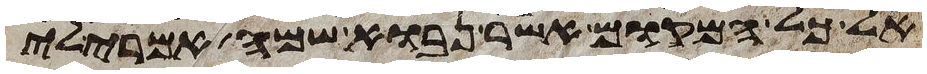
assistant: אל כל המקום אשר נבוא שמה אמרי לי